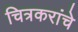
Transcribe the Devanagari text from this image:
चित्रकरांचे